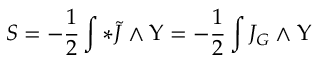
S = - \frac { 1 } { 2 } \int * \tilde { J } \wedge \Upsilon = - \frac { 1 } { 2 } \int J _ { G } \wedge \Upsilon